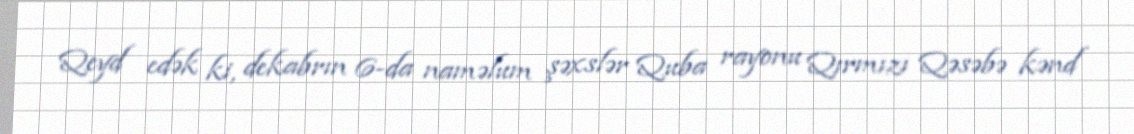
Qeyd edək ki, dekabrın 6-da naməlum şəxslər Quba rayonu Qırmızı Qəsəbə kənd